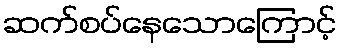
ဆက်စပ်နေသောကြောင့်